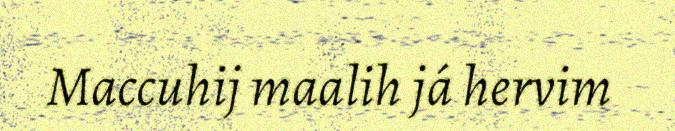
Maccuhij maalih já hervim